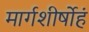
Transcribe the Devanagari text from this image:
मार्गशीर्षोहं